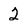
Character: 2